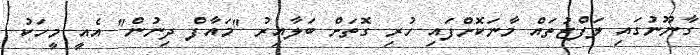
ގާނޫނުގައި ލަފްޒުތައް މާނަކޮށްފައި ހުރި ގޮތަށް ބަލާއިރު "މައާފް ދިނުން" އެއީ މީހަކު